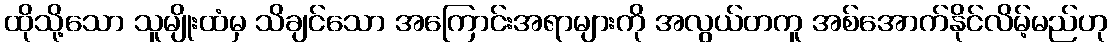
ထိုသို့သော သူမျိုးထံမှ သိချင်သော အကြောင်းအရာများကို အလွယ်တကူ အစ်အောက်နိုင်လိမ့်မည်ဟု